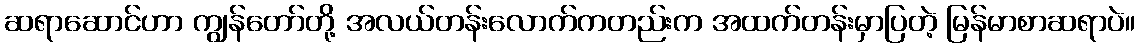
ဆရာဆောင်ဟာ ကျွန်တော်တို့ အလယ်တန်းလောက်ကတည်းက အထက်တန်းမှာပြတဲ့ မြန်မာစာဆရာပဲ။